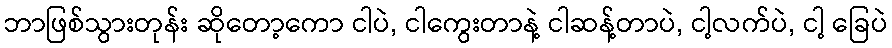
ဘာဖြစ်သွားတုန်း ဆိုတော့ကော ငါပဲ, ငါကွေးတာနဲ့ ငါဆန့်တာပဲ, ငါ့လက်ပဲ, ငါ့ ခြေပဲ